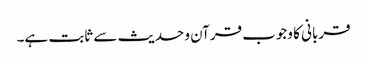
قربانی کا وجوب قرآن و حدیث سے ثابت ہے۔